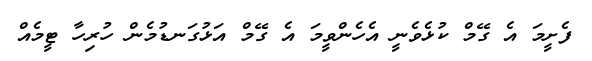
ފެށީމަ އެ ގޭމް ކުޅެވެނީ އެހެންވީމަ އެ ގޭމް އަޅުގަނޑުމެން ހުރިހާ ޓީމެއް